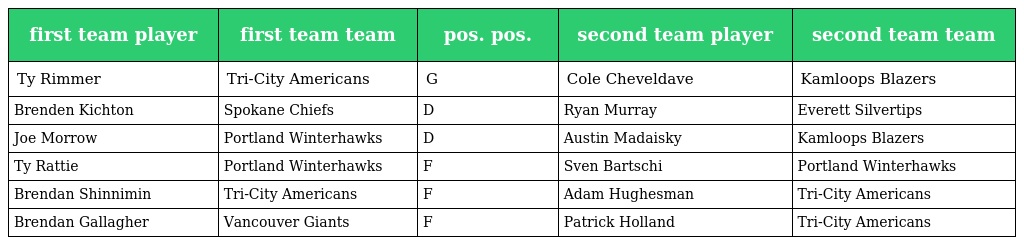
| first team player | first team team | pos. pos. | second team player | second team team |
 | --- | --- | --- | --- | --- |
 | Ty Rimmer | Tri-City Americans | G | Cole Cheveldave | Kamloops Blazers |
 | Brenden Kichton | Spokane Chiefs | D | Ryan Murray | Everett Silvertips |
 | Joe Morrow | Portland Winterhawks | D | Austin Madaisky | Kamloops Blazers |
 | Ty Rattie | Portland Winterhawks | F | Sven Bartschi | Portland Winterhawks |
 | Brendan Shinnimin | Tri-City Americans | F | Adam Hughesman | Tri-City Americans |
 | Brendan Gallagher | Vancouver Giants | F | Patrick Holland | Tri-City Americans |